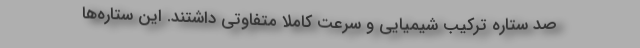
صد ستاره ترکیب شیمیایی و سرعت کاملاً متفاوتی داشتند. این ستاره‌ها